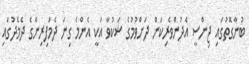
ބުނާގޮތުގައި ޖިންސީ އެދުންވެރިކަން ދަށްވުމުގެ ޝަކުވާ އަކީ އެންމެ ގިނަ ދެމަފިރިންގެ ދެމެދުގައި